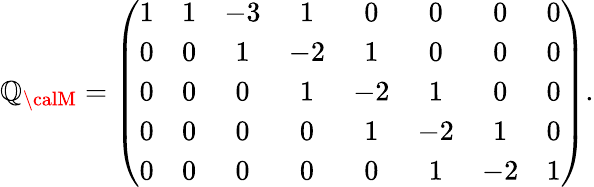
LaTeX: \mathbb{Q}_{\calM}=\left(\begin{array}{ccccccccc}{{1}}&{{1}}&{{-3}}&{{1}}&{{0}}&{{0}}&{{0}}&{{0}}\\ {{0}}&{{0}}&{{1}}&{{-2}}&{{1}}&{{0}}&{{0}}&{{0}}\\ {{0}}&{{0}}&{{0}}&{{1}}&{{-2}}&{{1}}&{{0}}&{{0}}\\ {{0}}&{{0}}&{{0}}&{{0}}&{{1}}&{{-2}}&{{1}}&{{0}}\\ {{0}}&{{0}}&{{0}}&{{0}}&{{0}}&{{1}}&{{-2}}&{{1}}\end{array}\right).